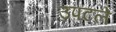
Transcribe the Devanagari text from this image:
उपटले